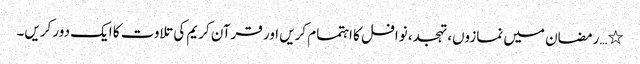
٭…رمضان میں نمازوں، تہجد، نوافل کا اہتمام کریں اور قرآن کریم کی تلاوت کا ایک دور کریں۔